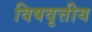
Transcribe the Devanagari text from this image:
विषवृत्तीय